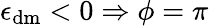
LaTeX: \epsilon_{\mathrm{dm}}<0\Rightarrow\phi=\pi